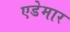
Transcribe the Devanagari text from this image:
एडेमार